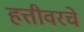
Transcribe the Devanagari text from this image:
हत्तीवरचे